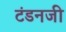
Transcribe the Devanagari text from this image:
टंडनजी